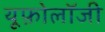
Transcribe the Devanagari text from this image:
यूफ़ोलॉजी